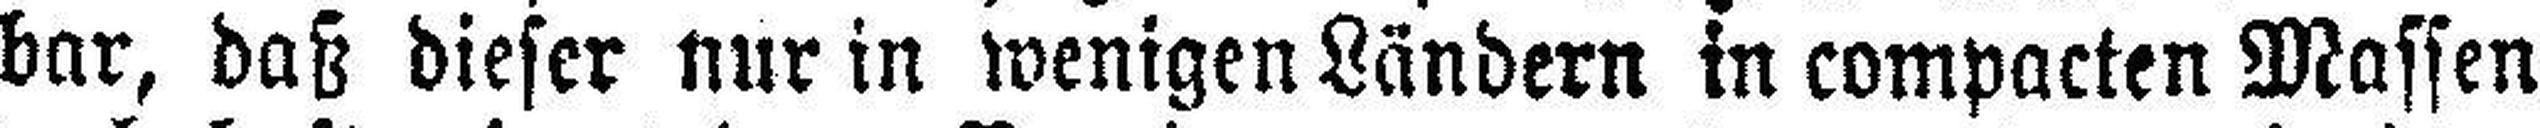
bar, daß dieser nur in wenigen Ländern in compacten Massen